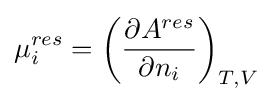
\mu _{i}^{res}=\left({\frac {\partial A^{res}}{\partial n_{i}}}\right)_{T,V}